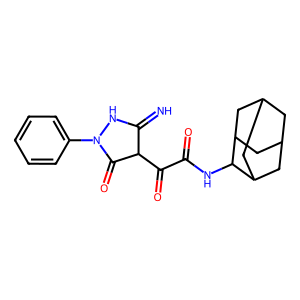
SMILES: N=C1NN(c2ccccc2)C(=O)C1C(=O)C(=O)NC1C2CC3CC(C2)CC1C3
Inhibits HIV replication: No